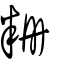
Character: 粣